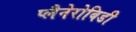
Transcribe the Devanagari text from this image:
प्लैनेरोबिडी